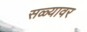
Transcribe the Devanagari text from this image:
सळ्यावर